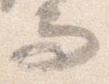
而